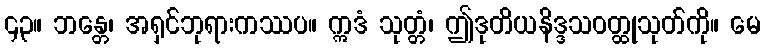
၄၃။ ဘန္တေ၊ အရှင်ဘုရားကဿပ။ ဣဒံ သုတ္တံ၊ ဤဒုတိယနိဒ္ဒသဝတ္ထုသုတ်ကို။ မေ